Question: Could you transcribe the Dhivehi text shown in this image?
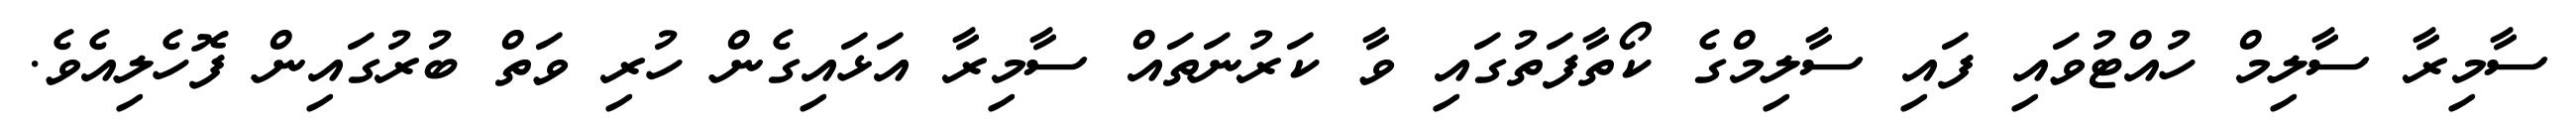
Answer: ސާމިރާ ސާލިމް ހުއްޓުވައި ފައި ސާލިމްގެ ކޯތާފަތުގައި ވާ ކަރުނަތައް ސާމިރާ އަޅައިގެން ހުރި ވަތް ބުރުގައިން ފޮހެލިއެވެ.